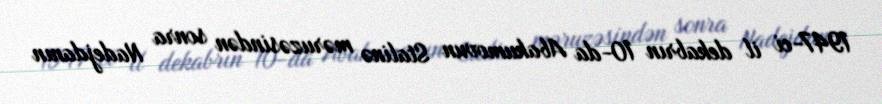
1947-ci il dekabrın 10-da Abakumovun Stalinə məruzəsindən sonra Nadejdanın